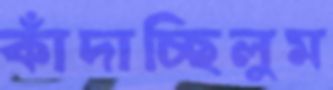
কাঁদাচ্ছিলুম